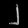
Digit: ၂